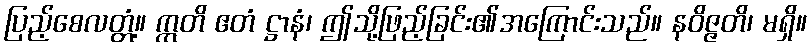
ပြည့်စေလတ္တံ့။ ဣတိ ဧတံ ဋ္ဌာနံ၊ ဤသို့ဖြည့်ခြင်း၏အကြောင်းသည်။ နဝိဇ္ဇတိ၊ မရှိ။